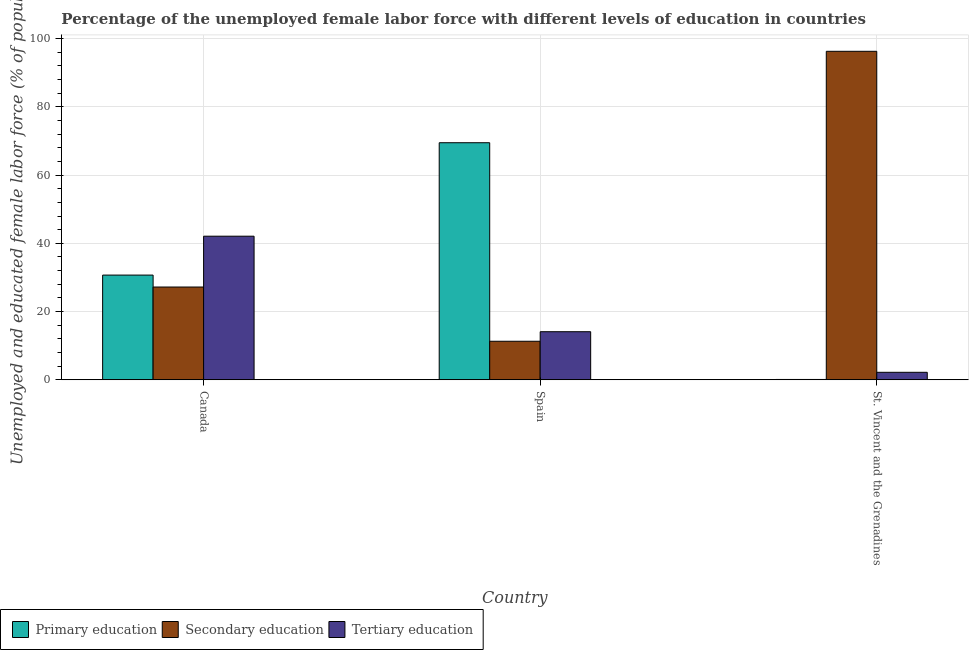
| Country | Primary education | Secondary education | Tertiary education |
 | --- | --- | --- | --- |
 | Canada | 30.7 | 27.2 | 42.1 |
 | Spain | 69.5 | 11.3 | 14.1 |
 | St. Vincent and the Grenadines | 0.1 | 96.3 | 2.2 |